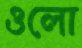
ওলো